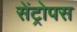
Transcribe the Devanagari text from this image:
सेंट्रोपस